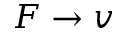
F \to v